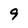
Character: 9